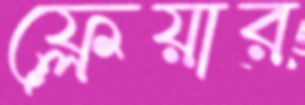
ফ্লেয়ার